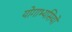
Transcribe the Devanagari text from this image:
योगाभ्यसियों